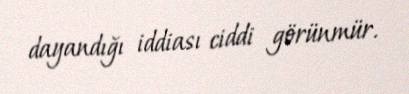
dayandığı iddiası ciddi görünmür.